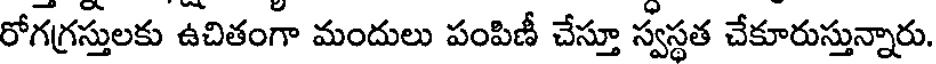
రోగగ్రస్తులకు ఉచితంగా మందులు పంపిణీ చేస్తూ స్వస్థత చేకూరుస్తున్నారు.